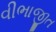
વીભાજીત